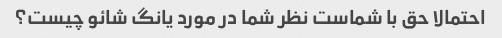
احتمالا حق با شماست نظر شما در مورد یانگ شائو چیست؟